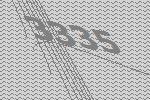
3335